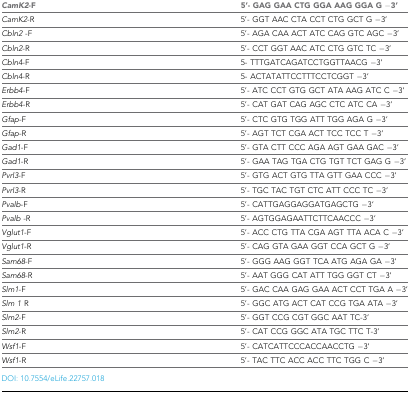
| CamK2-F | 5'- GAG GAA CTG GGA AAG GGA G −3' |
 | --- | --- |
 | CamK2-R | 5'- GGT AAC CTA CCT CTG GCT G −3' |
 | Cbln2 -F | 5’- AGA CAA ACT ATC CAG GTC AGC −3’ |
 | Cbln2-R | 5’- CCT GGT AAC ATC CTG GTC TC −3’ |
 | Cbln4-F | 5- TTTGATCAGATCCTGGTTAACG −3’ |
 | Cbln4-R | 5- ACTATATTCCTTTCCTCGGT −3’ |
 | Erbb4-F | 5'- ATC CCT GTG GCT ATA AAG ATC C −3' |
 | Erbb4-R | 5'- CAT GAT CAG AGC CTC ATC CA −3' |
 | Gfap-F | 5'- CTC GTG TGG ATT TGG AGA G −3' |
 | Gfap-R | 5'- AGT TCT CGA ACT TCC TCC T −3’ |
 | Gad1-F | 5'- GTA CTT CCC AGA AGT GAA GAC −3' |
 | Gad1-R | 5'- GAA TAG TGA CTG TGT TCT GAG G −3' |
 | Pvrl3-F | 5'- GTG ACT GTG TTA GTT GAA CCC −3' |
 | Pvrl3-R | 5'- TGC TAC TGT CTC ATT CCC TC −3' |
 | Pvalb-F | 5'- CATTGAGGAGGATGAGCTG −3‘ |
 | Pvalb -R | 5'- AGTGGAGAATTCTTCAACCC −3’ |
 | Vglut1-F | 5'- ACC CTG TTA CGA AGT TTA ACA C −3' |
 | Vglut1-R | 5'- CAG GTA GAA GGT CCA GCT G −3' |
 | Sam68-F | 5'- GGG AAG GGT TCA ATG AGA GA −3’ |
 | Sam68-R | 5'- AAT GGG CAT ATT TGG GGT CT −3’ |
 | Slm1-F | 5'- GAC CAA GAG GAA ACT CCT TGA A −3’ |
 | Slm 1 R | 5'- GGC ATG ACT CAT CCG TGA ATA −3’ |
 | Slm2-F | 5'- GGT CCG CGT GGC AAT TC-3’ |
 | Slm2-R | 5'- CAT CCG GGC ATA TGC TTC T-3’ |
 | Wsf1-F | 5'- CATCATTCCCACCAACCTG −3' |
 | Wsf1-R | 5'- TAC TTC ACC ACC TTC TGG C −3' |